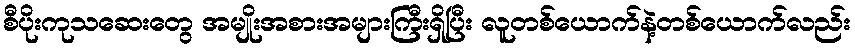
စီပိုးကုသဆေးတွေ အမျိုးအစားအများကြီးရှိပြီး လူတစ်ယောက်နဲ့တစ်ယောက်လည်း